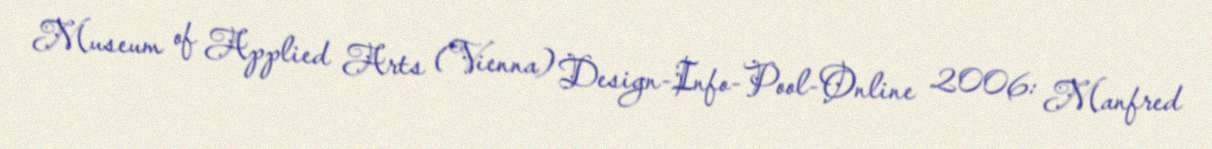
Museum of Applied Arts (Vienna) Design-Info-Pool-Online 2006: Manfred